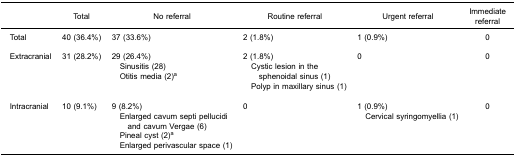
<table><thead><tr><td><b> </b></td><td><b>Total</b></td><td><b>No referral</b></td><td><b>Routine referral</b></td><td><b>Urgent referral</b></td><td><b>Immediatereferral</b></td></tr></thead><tbody><tr><td>Total</td><td>40 (36.4%)</td><td>37 (33.6%)</td><td>2 (1.8%)</td><td>1 (0.9%)</td><td>0</td></tr><tr><td colspan="6"> </td></tr><tr><td>Extracranial</td><td>31 (28.2%)</td><td>29 (26.4%)​ Sinusitis (28)​ Otitis media (2)<sup>a</sup></td><td>2 (1.8%)​ Cystic lesion in the​sphenoidal sinus (1)​ Polyp in maxillary sinus (1)</td><td>0</td><td>0</td></tr><tr><td colspan="6"> </td></tr><tr><td>Intracranial</td><td>10 (9.1%)</td><td>9 (8.2%)​ Enlarged cavum septi pellucidi​and cavum Vergae (6)​ Pineal cyst (2)<sup>a</sup>​ Enlarged perivascular space (1)</td><td>0</td><td>1 (0.9%)​ Cervical syringomyellia (1)</td><td>0</td></tr></tbody></table>